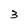
Character: 3